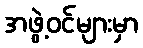
အဖွဲ့ဝင်များမှာ